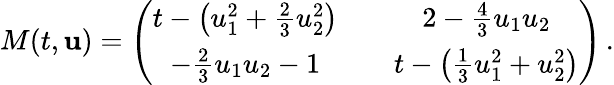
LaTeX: M(t,{\mathbf{u}})=\left(\begin{array}{ccc}{t-\left(u_{1}^{2}+\frac{2}{3}u_{2}^{2}\right)}&{}&{2-\frac{4}{3}u_{1}u_{2}}\\ {-\frac{2}{3}u_{1}u_{2}-1}&{}&{t-\left(\frac{1}{3}u_{1}^{2}+u_{2}^{2}\right)}\end{array}\right)\, .